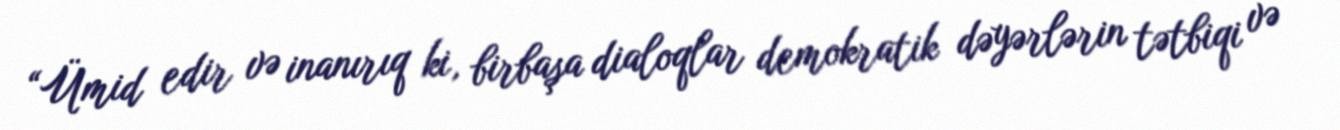
“Ümid edir və inanırıq ki, birbaşa dialoqlar demokratik dəyərlərin tətbiqi və